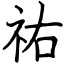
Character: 祐